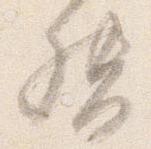
督